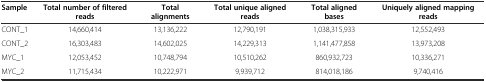
<table><thead><tr><td><b>Sample</b></td><td><b>Total number of filtered reads</b></td><td><b>Total alignments</b></td><td><b>Total unique aligned reads</b></td><td><b>Total aligned bases</b></td><td><b>Uniquely aligned mapping reads</b></td></tr></thead><tbody><tr><td>CONT_1</td><td>14,660,414</td><td>13,136,222</td><td>12,790,191</td><td>1,038,315,933</td><td>12,552,493</td></tr><tr><td>CONT_2</td><td>16,303,483</td><td>14,602,025</td><td>14,229,313</td><td>1,141,477,858</td><td>13,973,208</td></tr><tr><td>MYC_1</td><td>12,053,452</td><td>10,748,794</td><td>10,510,262</td><td>860,932,723</td><td>10,336,271</td></tr><tr><td>MYC_2</td><td>11,715,434</td><td>10,222,971</td><td>9,939,712</td><td>814,018,186</td><td>9,740,416</td></tr></tbody></table>